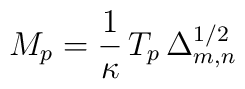
M_p = \frac{1}{\kappa}\,T_p\,\Delta_{m,n}^{1/2}